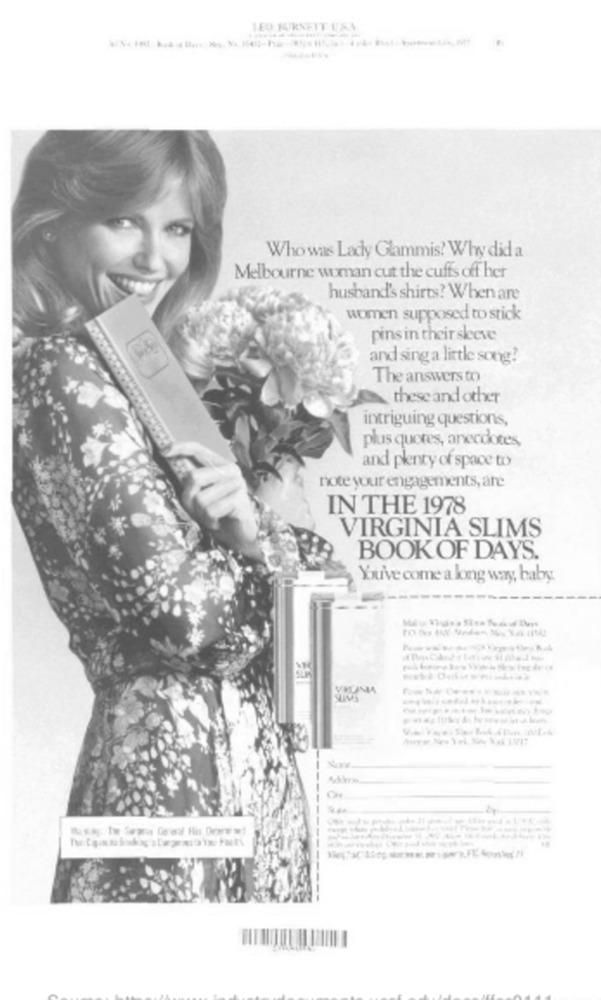
Who was Lady Glammis? Why did a
Melbourne woman cut the cuffs off her
husband's shirts? When are
women supposed to stick
pins in their skeve
and sing a little song?
The answers to
these and other
intriguing questions,
plus queres, anecdotes,
and plenty of space to
note your engagements, are
IN THE 1978
VIRGINIA SLIMS
BOOK OF DAYS.
Youi've come a long way, baby.
Addnos